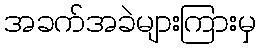
အခက်အခဲများကြားမှ